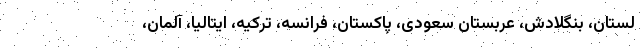
لستان، بنگلادش، عربستان سعودی، پاکستان، فرانسه، ترکیه، ایتالیا، آلمان،